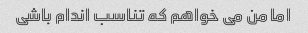
اما من می خواهم که تناسب اندام باشی